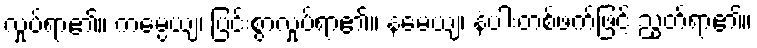
လှုပ်ရာ၏။ ကမ္ပေယျ၊ ပြင်းစွာလှုပ်ရာ၏။ နမေယျ၊ နံပါးတစ်ဖက်ဖြင့် ညွတ်ရာ၏။